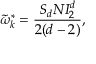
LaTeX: \tilde { \omega } _ { k } ^ { * } = \frac { S _ { d } N I _ { 2 } ^ { d } } { 2 ( d - 2 ) } ,